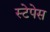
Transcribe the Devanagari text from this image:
स्टेपेस